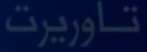
تاوریرت